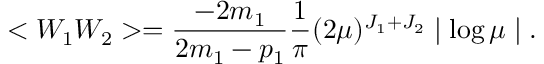
< W _ { 1 } W _ { 2 } > = \frac { - 2 m _ { 1 } } { 2 m _ { 1 } - p _ { 1 } } \frac { 1 } { \pi } ( 2 \mu ) ^ { J _ { 1 } + J _ { 2 } } \mid \log \mu \mid .